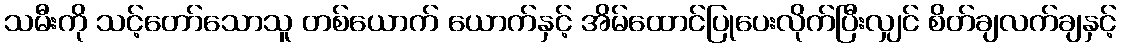
သမီးကို သင့်တော်သောသူ တစ်ယောက် ယောက်နှင့် အိမ်ထောင်ပြုပေးလိုက်ပြီးလျှင် စိတ်ချလက်ချနှင့်